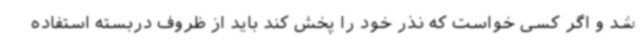
شد و اگر کسی خواست که نذر خود را پخش کند باید از ظروف دربسته استفاده